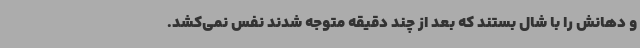
و دهانش را با شال بستند که بعد از چند دقیقه متوجه شدند نفس نمی‌کشد.